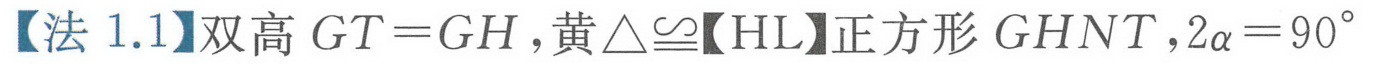
【法 1.1】双高 \(GT = GH\)，黄\(\triangle\cong\)【HL】正方形 \(GHNT\)，\(2\alpha = 90^{\circ}\)